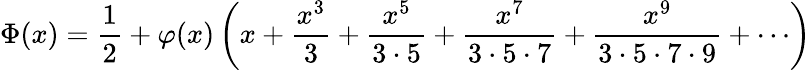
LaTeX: \Phi(x)={\frac{1}{2}}+\varphi(x)\left(x+{\frac{x^{3}}{3}}+{\frac{x^{5}}{3\cdot 5}}+{\frac{x^{7}}{3\cdot 5\cdot 7}}+{\frac{x^{9}}{3\cdot 5\cdot 7\cdot 9}}+\cdots\right)